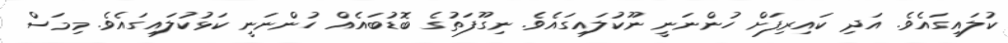
ކުލައިގައެވެ. އަދި ކައިރިފަށް ހުންނަނީ ނޫކުލައިގައެވެ. ނިގޫފަތުގެ ބޮޑުބައެއް ހުންނަނީ ކަޅުކުލައިގައެވެ. މިމަސް